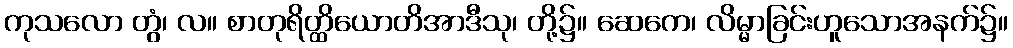
ကုသလော တွံ၊ လ။ စာတုရိတ္ထိယောတိအာဒီသု၊ တို့၌။ ဆေကေ၊ လိမ္မာခြင်းဟူသောအနက်၌။